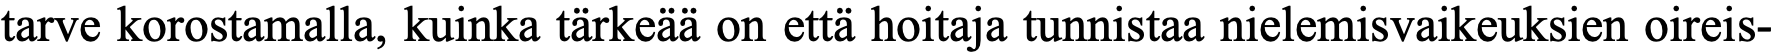
tarve korostamalla, kuinka tärkeää on että hoitaja tunnistaa nielemisvaikeuksien oireis-